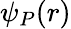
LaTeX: \psi_{P}(r)